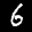
Label: 6